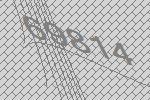
69814